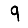
Digit: 9